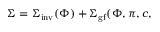
\Sigma = \Sigma _ { \mathrm { i n v } } ( \Phi ) + \Sigma _ { \mathrm { g f } } ( \Phi , \pi , c ,